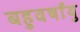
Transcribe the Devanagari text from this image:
बहुवर्षांयु